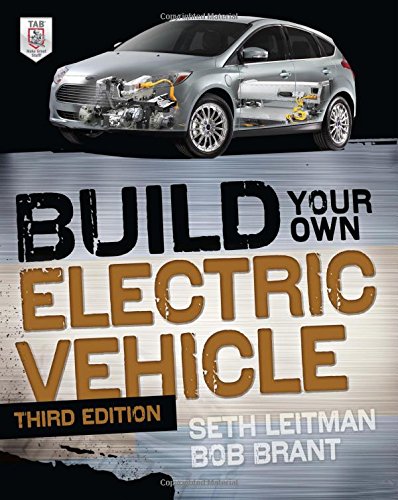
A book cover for Build Your Own Electric Vehicle, Third Edition; Seth Leitman; Engineering & Transportation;